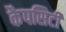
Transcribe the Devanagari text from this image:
कैपसिटी